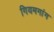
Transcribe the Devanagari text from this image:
गियमगांग